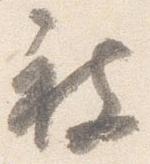
被